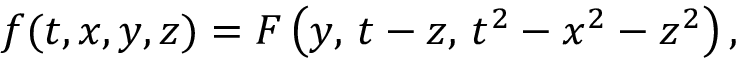
f ( t , x , y , z ) = F \left( y , \, t - z , \, t ^ { 2 } - x ^ { 2 } - z ^ { 2 } \right) ,